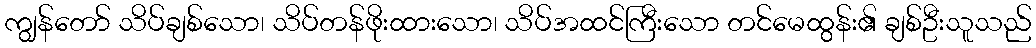
ကျွန်တော် သိပ်ချစ်သော၊ သိပ်တန်ဖိုးထားသော၊ သိပ်အထင်ကြီးသော တင်မေထွန်း၏ ချစ်ဦးသူသည်